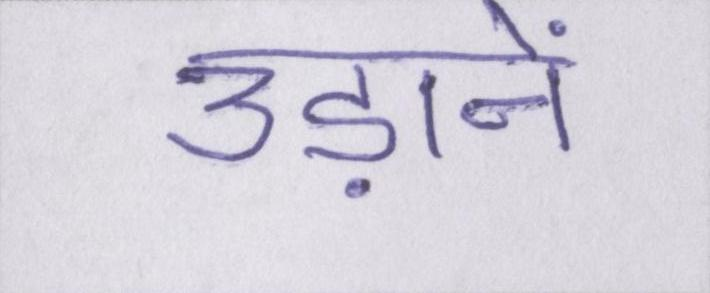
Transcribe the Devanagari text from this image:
उड़ानें